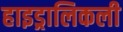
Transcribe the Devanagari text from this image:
हाइड्रालिकली